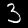
Label: 3